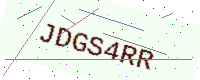
Text: JDGS4RR